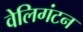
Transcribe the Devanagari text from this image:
वेलिगंटन